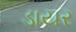
ડાયર